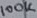
Text: 100K